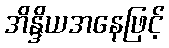
အိန္ဒိယအနေဖြင့်